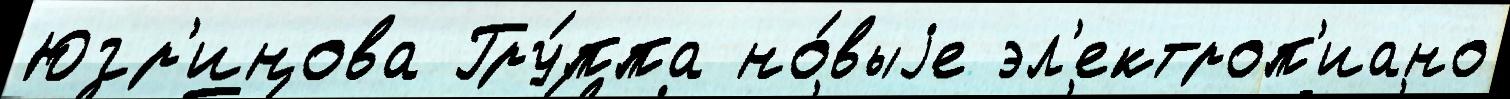
Югр'инова Гру́ппа но́выjе эл'ектроп'иано